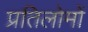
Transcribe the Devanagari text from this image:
प्रतिलोमों